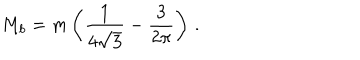
LaTeX: M _ { b } = m \left( \frac 1 { 4 \sqrt { 3 } } - \frac 3 { 2 \pi } \right) \, .